Indian journal of veterinary science and animal husbandry - Volume 2,
Year: 1932
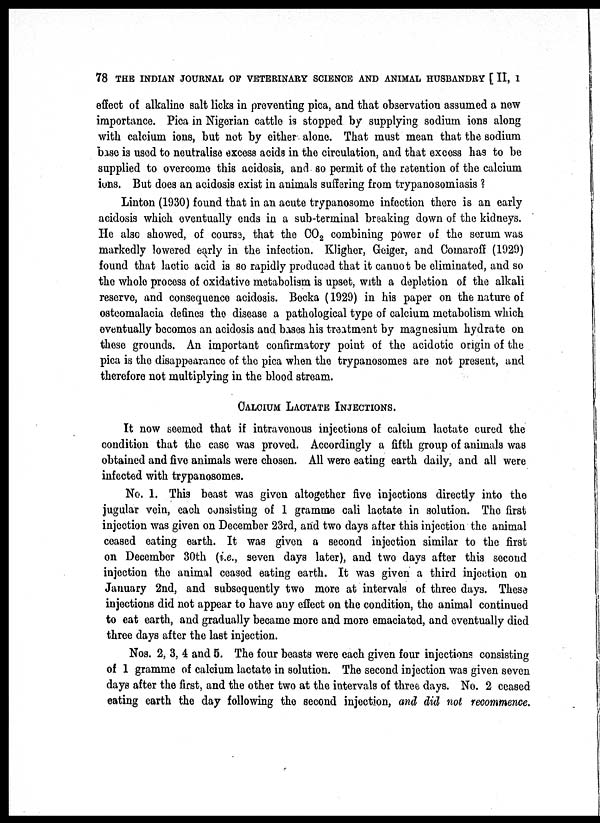
78 THE INDIAN JOURNAL OF VETERINARY SCIENCE AND ANIMAL HUSBANDRY [ II, I
effect of alkaline salt licks in preventing pica, and that observation assumed a new
importance. Pica in Nigerian cattle is stopped by supplying sodium ions along
with calcium ions, but not by either alone. That must mean that the sodium
base is used to neutralise excess acids in the circulation, and that excess has to be
supplied to overcome this acidosis, and so permit of the retention of the calcium
ions. But does an acidosis exist in animals suffering from trypanosomiasis ?
Linton (1930) found that in an acute trypanosome infection there is an early
acidosis which eventually ends in a sub-terminal breaking down of the kidneys.
He also showed, of course, that the CO 2 combining power of the serum was
markedly lowered early in the infection. Kligher, Geiger, and Comaroff (1929)
found that lactic acid is so rapidly produced that it cannot be eliminated, and so
the whole process of oxidative metabolism is upset, with a depletion of the alkali
reserve, and consequence acidosis. Bocka (1929) in his paper on the nature of
osteomalacia defines the disease a pathological type of calcium metabolism which
eventually becomes an acidosis and bases his treatment by magnesium hydrate on
these grounds. An important confirmatory point of the acidotic origin of the
pica is the disappearance of the pica when the trypanosomes are not present, and
therefore not multiplying in the blood stream.
CALCIUM LACTATE INJECTIONS.
It now seemed that if intravenous injections of calcium lactate cured the
condition that the case was proved. Accordingly a fifth group of animals was
obtained and five animals were chosen. All were eating earth daily, and all were
infected with trypanosomes.
No. 1. This beast was given altogether five injections directly into the
jugular vein, each consisting of 1 gramme cali lactate in solution. The first
injection was given on December 23rd, and two days after this injection the animal
ceased eating earth. It was given a second injection similar to the first
on December 30th (i.e., seven days later), and two days after this second
injection the animal ceased eating earth. It was given a third injection on
January 2nd, and subsequently two more at intervals of three days. These
injections did not appear to have any effect on the condition, the animal continued
to eat earth, and gradually became more and more emaciated, and eventually died
three days after the last injection.
Nos. 2, 3, 4 and 5. The four beasts were each given four injections consisting
of 1 gramme of calcium lactate in solution. The second injection was given seven
days after the first, and the other two at the intervals of three days. No. 2 ceased
eating earth the day following the second injection, and did not recommence.